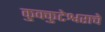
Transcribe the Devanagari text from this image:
कुक्कुटेश्वराचे